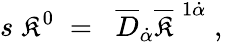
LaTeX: s\; \mathfrak{K}^{0}\; =\; \; \overline{{{{D}}}}_{\dot{{\alpha}}}\overline{{{{\mathfrak{K}}}}}^{\; 1\dot{{\alpha}}}\; ,\;